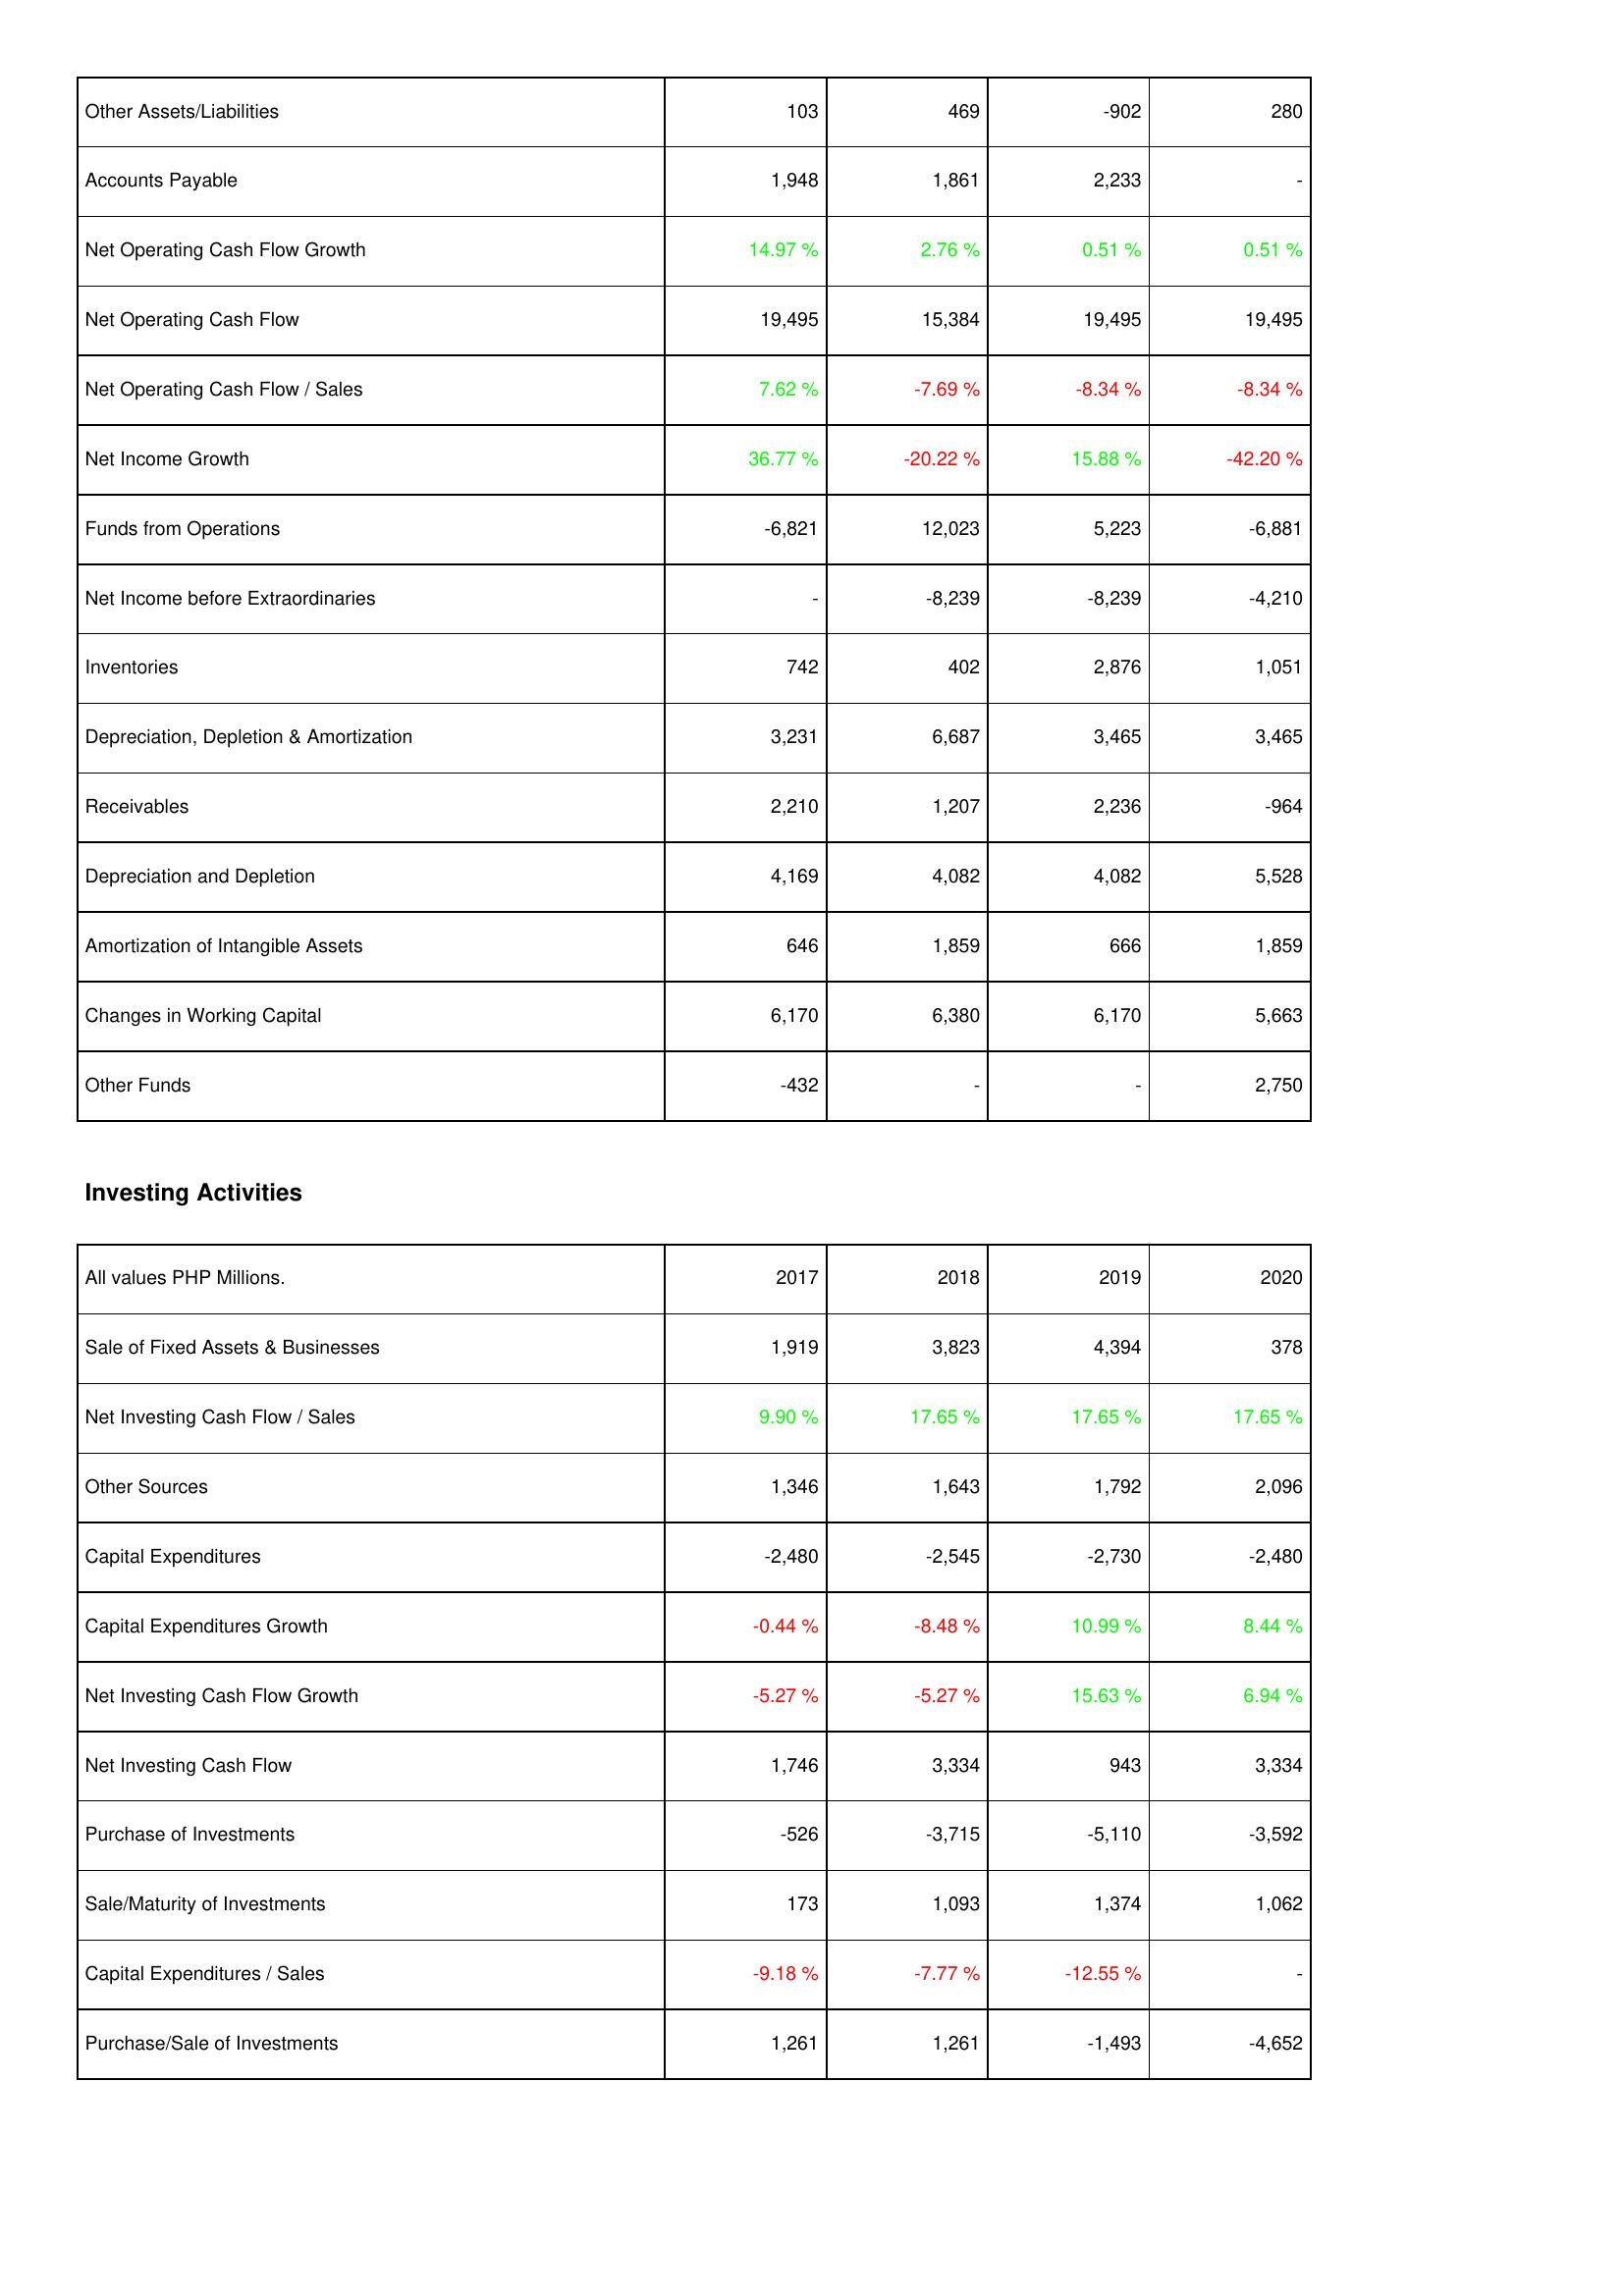
2017: Operating Activities: Other Assets/Liabilities: 103
Accounts Payable: 1,948
Net Operating Cash Flow Growth: 14.97 %
Net Operating Cash Flow: 19,495
Net Operating Cash Flow / Sales: 7.62 %
Net Income Growth: 36.77 %
Funds from Operations: -6,821
Net Income before Extraordinaries: -
Inventories: 742
Depreciation, Depletion & Amortization: 3,231
Receivables: 2,210
Depreciation and Depletion: 4,169
Amortization of Intangible Assets: 646
Changes in Working Capital: 6,170
Other Funds: -432
Investing Activities: Sale of Fixed Assets & Businesses: 1,919
Net Investing Cash Flow / Sales: 9.90 %
Other Sources: 1,346
Capital Expenditures: -2,480
Capital Expenditures Growth: -0.44 %
Net Investing Cash Flow Growth: -5.27 %
Net Investing Cash Flow: 1,746
Purchase of Investments: -526
Sale/Maturity of Investments: 173
Capital Expenditures / Sales: -9.18 %
Purchase/Sale of Investments: 1,261
2018: Operating Activities: Other Assets/Liabilities: 469
Accounts Payable: 1,861
Net Operating Cash Flow Growth: 2.76 %
Net Operating Cash Flow: 15,384
Net Operating Cash Flow / Sales: -7.69 %
Net Income Growth: -20.22 %
Funds from Operations: 12,023
Net Income before Extraordinaries: -8,239
Inventories: 402
Depreciation, Depletion & Amortization: 6,687
Receivables: 1,207
Depreciation and Depletion: 4,082
Amortization of Intangible Assets: 1,859
Changes in Working Capital: 6,380
Other Funds: -
Investing Activities: Sale of Fixed Assets & Businesses: 3,823
Net Investing Cash Flow / Sales: 17.65 %
Other Sources: 1,643
Capital Expenditures: -2,545
Capital Expenditures Growth: -8.48 %
Net Investing Cash Flow Growth: -5.27 %
Net Investing Cash Flow: 3,334
Purchase of Investments: -3,715
Sale/Maturity of Investments: 1,093
Capital Expenditures / Sales: -7.77 %
Purchase/Sale of Investments: 1,261
2019: Operating Activities: Other Assets/Liabilities: -902
Accounts Payable: 2,233
Net Operating Cash Flow Growth: 0.51 %
Net Operating Cash Flow: 19,495
Net Operating Cash Flow / Sales: -8.34 %
Net Income Growth: 15.88 %
Funds from Operations: 5,223
Net Income before Extraordinaries: -8,239
Inventories: 2,876
Depreciation, Depletion & Amortization: 3,465
Receivables: 2,236
Depreciation and Depletion: 4,082
Amortization of Intangible Assets: 666
Changes in Working Capital: 6,170
Other Funds: -
Investing Activities: Sale of Fixed Assets & Businesses: 4,394
Net Investing Cash Flow / Sales: 17.65 %
Other Sources: 1,792
Capital Expenditures: -2,730
Capital Expenditures Growth: 10.99 %
Net Investing Cash Flow Growth: 15.63 %
Net Investing Cash Flow: 943
Purchase of Investments: -5,110
Sale/Maturity of Investments: 1,374
Capital Expenditures / Sales: -12.55 %
Purchase/Sale of Investments: -1,493
2020: Operating Activities: Other Assets/Liabilities: 280
Accounts Payable: -
Net Operating Cash Flow Growth: 0.51 %
Net Operating Cash Flow: 19,495
Net Operating Cash Flow / Sales: -8.34 %
Net Income Growth: -42.20 %
Funds from Operations: -6,881
Net Income before Extraordinaries: -4,210
Inventories: 1,051
Depreciation, Depletion & Amortization: 3,465
Receivables: -964
Depreciation and Depletion: 5,528
Amortization of Intangible Assets: 1,859
Changes in Working Capital: 5,663
Other Funds: 2,750
Investing Activities: Sale of Fixed Assets & Businesses: 378
Net Investing Cash Flow / Sales: 17.65 %
Other Sources: 2,096
Capital Expenditures: -2,480
Capital Expenditures Growth: 8.44 %
Net Investing Cash Flow Growth: 6.94 %
Net Investing Cash Flow: 3,334
Purchase of Investments: -3,592
Sale/Maturity of Investments: 1,062
Capital Expenditures / Sales: -
Purchase/Sale of Investments: -4,652